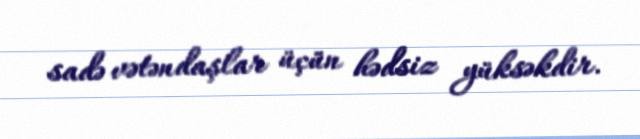
sadə vətəndaşlar üçün hədsiz yüksəkdir.